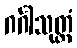
ဂင်္ဂါသုတ္တံ